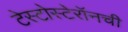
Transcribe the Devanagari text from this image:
टेस्टोस्टेरॉनची